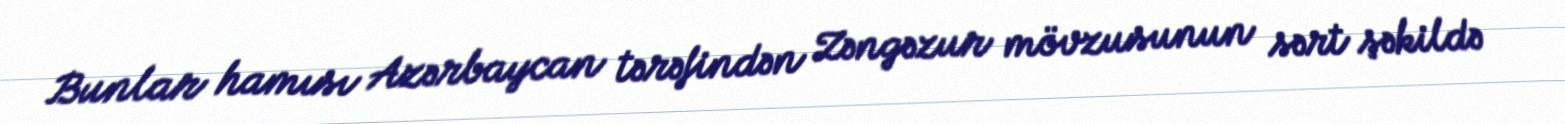
Bunlar hamısı Azərbaycan tərəfindən Zəngəzur mövzusunun sərt şəkildə